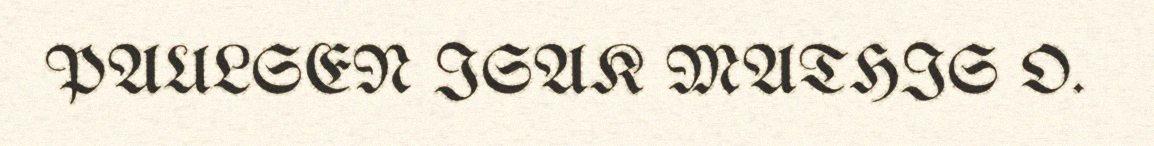
PAULSEN ISAK MATHIS O.